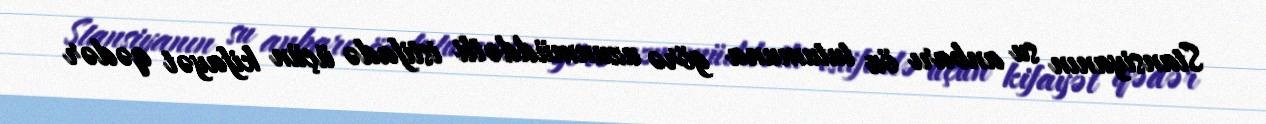
Stansiyanın su anbarı öz tutumuna görə uzunmüddətli istifadə üçün kifayət qədər